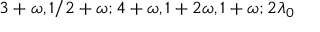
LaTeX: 3 + \omega , 1 / 2 + \omega ; 4 + \omega , 1 + 2 \omega , 1 + \omega ; 2 \lambda _ { 0 }